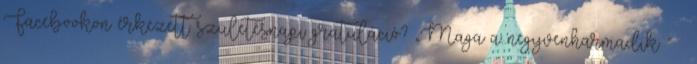
Facebookon érkezett születésnapi gratuláció? „Maga a negyvenharmadik ” –